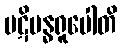
ပဋိဗန္ဓရူပေါတိ